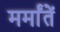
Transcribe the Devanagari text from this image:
मर्मांतें